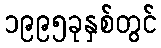
၁၉၉၅ခုနှစ်တွင်